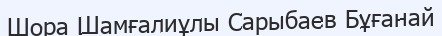
Шора Шамғалиұлы Сарыбаев Бұғанай